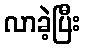
လာခဲ့ပြီး